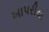
ખાપરીયા